system: You are a helpful assistant.
user:
Analyze the provided spectrum to determine if it is a **M-type Giant (gM)**.

A M-type Giant spectrum is defined by its **strong molecular absorption** features, particularly from **Titanium Oxide (TiO)**. You must check for one of the following mutually exclusive signatures:

- **Key Visual Indicators (Absorption-Dominated Spectrum):**

    - **(Primary):** The spectrum is dominated by strong molecular absorption from **Titanium Oxide (TiO)**. This is the **defining feature** of its M-type temperature class.
        - **(Key Bandheads):** Look for sharp, "saw-tooth" absorption valleys. The strongest are located near **~7050 Å**, **~6160 Å**, and **~5170 Å**.
        - **(Line Profile):** The "saw-tooth" morphology is critical: a **sharp, steep drop on the BLUE (short-wavelength) side** of the bandhead, followed by a gradual recovery (rising flux) towards the RED (long-wavelength) side.

    - **(Key Confirmation - Giant vs. Dwarf):** **ABSENCE** of strong **Calcium Hydride (CaH)** molecular bands. This is the primary diagnostic for *excluding* M-dwarfs.
        - **(Key Region):** The spectrum should lack the strong, broad absorption band seen in dwarfs between **~6800 Å and ~7000 Å**.

    - **(Secondary Confirmation - Giant):** A very strong and broad **Neutral Calcium (Ca I)** atomic absorption line.
        - **(Key Line):** Located at **~4226 Å**. In a giant (gM), this line is significantly deeper and broader than the same line in an M-dwarf (dM) due to low surface gravity.

    - **(Overall Spectrum):**
        - The continuum is **extremely red-sloping** (i.e., flux is very low in the blue and rises dramatically towards the red).
        - The entire spectrum appears "chopped up" by the deep TiO bands.

Think first, call **spectral_visualization_tool** if needed to examine features in detail, then provide your final answer. Your response must adhere to the following strict rules:
1.  **Overall Structure:** Your response must follow the format `<think>...</think> <tool_call>...</tool_call> (if a tool is used) <answer>...</answer>`.
2.  **Tool Usage Constraint:** You may only make **one** tool call per turn.
3.  **Final Answer Format:** In the `<answer>` tag, your conclusion must be inside a `\boxed{}` command (e.g., `\boxed{YES}` or `\boxed{NO}`), followed by your justification.

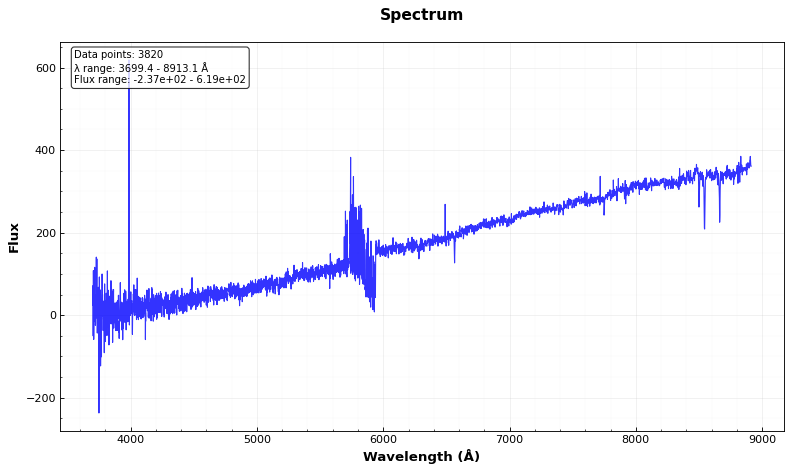
Answer: NO